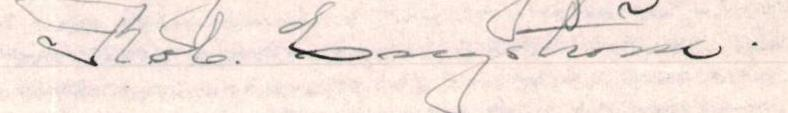
Rob. Engström.